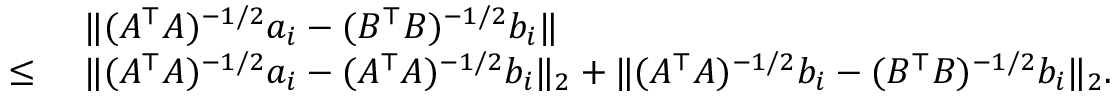
\begin{array} { r l } & { ~ \| ( A ^ { \top } A ) ^ { - 1 / 2 } a _ { i } - ( B ^ { \top } B ) ^ { - 1 / 2 } b _ { i } \| } \\ { \leq } & { ~ \| ( A ^ { \top } A ) ^ { - 1 / 2 } a _ { i } - ( A ^ { \top } A ) ^ { - 1 / 2 } b _ { i } \| _ { 2 } + \| ( A ^ { \top } A ) ^ { - 1 / 2 } b _ { i } - ( B ^ { \top } B ) ^ { - 1 / 2 } b _ { i } \| _ { 2 } . } \end{array}